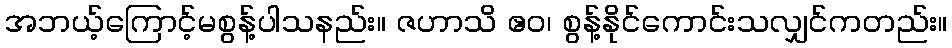
အဘယ့်ကြောင့်မစွန့်ပါသနည်း။ ဇဟာသိ ဧဝ၊ စွန့်နိုင်ကောင်းသလျှင်ကတည်း။